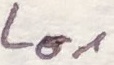
Text: LO1